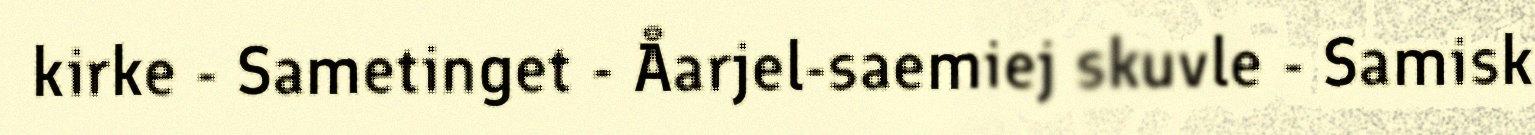
kirke - Sametinget - Åarjel-saemiej skuvle - Samisk